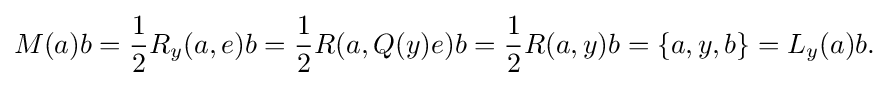
\displaystyle {M(a)b={\frac {1}{2}}R_{y}(a,e)b={\frac {1}{2}}R(a,Q(y)e)b={\frac {1}{2}}R(a,y)b=\{a,y,b\}=L_{y}(a)b.}